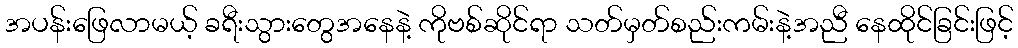
အပန်းဖြေလာမယ့် ခရီးသွားတွေအနေနဲ့ ကိုဗစ်ဆိုင်ရာ သတ်မှတ်စည်းကမ်းနဲ့အညီ နေထိုင်ခြင်းဖြင့်